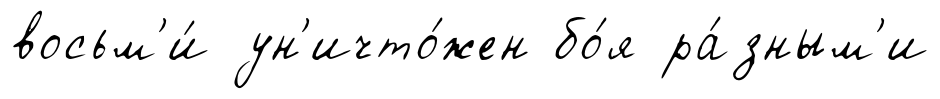
восьм'и́ ун'ичто́жен бо́я ра́зным'и